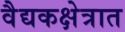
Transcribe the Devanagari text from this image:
वैद्यकक्षेत्रात